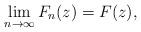
LaTeX: \begin{align*}\lim_{n \to \infty} F_n (z) = F(z) , \end{align*}